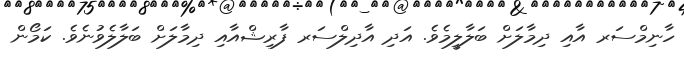
ހާނިމްސަރ އާއި ދިމާލަށް ބަލާލީމެވެ. އަދި އާދިލްސަރ ފާރިޝްއާއި ދިމާލަށް ބަލާލެވުނެވެ. ކަމޯން